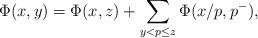
LaTeX: \begin{align*}\Phi(x,y)=\Phi(x,z)+\sum_{y<p\le z}\Phi(x/p,p^-),\end{align*}